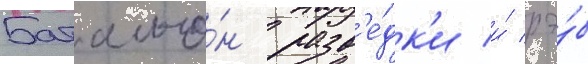
Батальо́н разв'е́дк'и и́ рэ́б